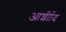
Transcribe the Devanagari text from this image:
आर्शीाद